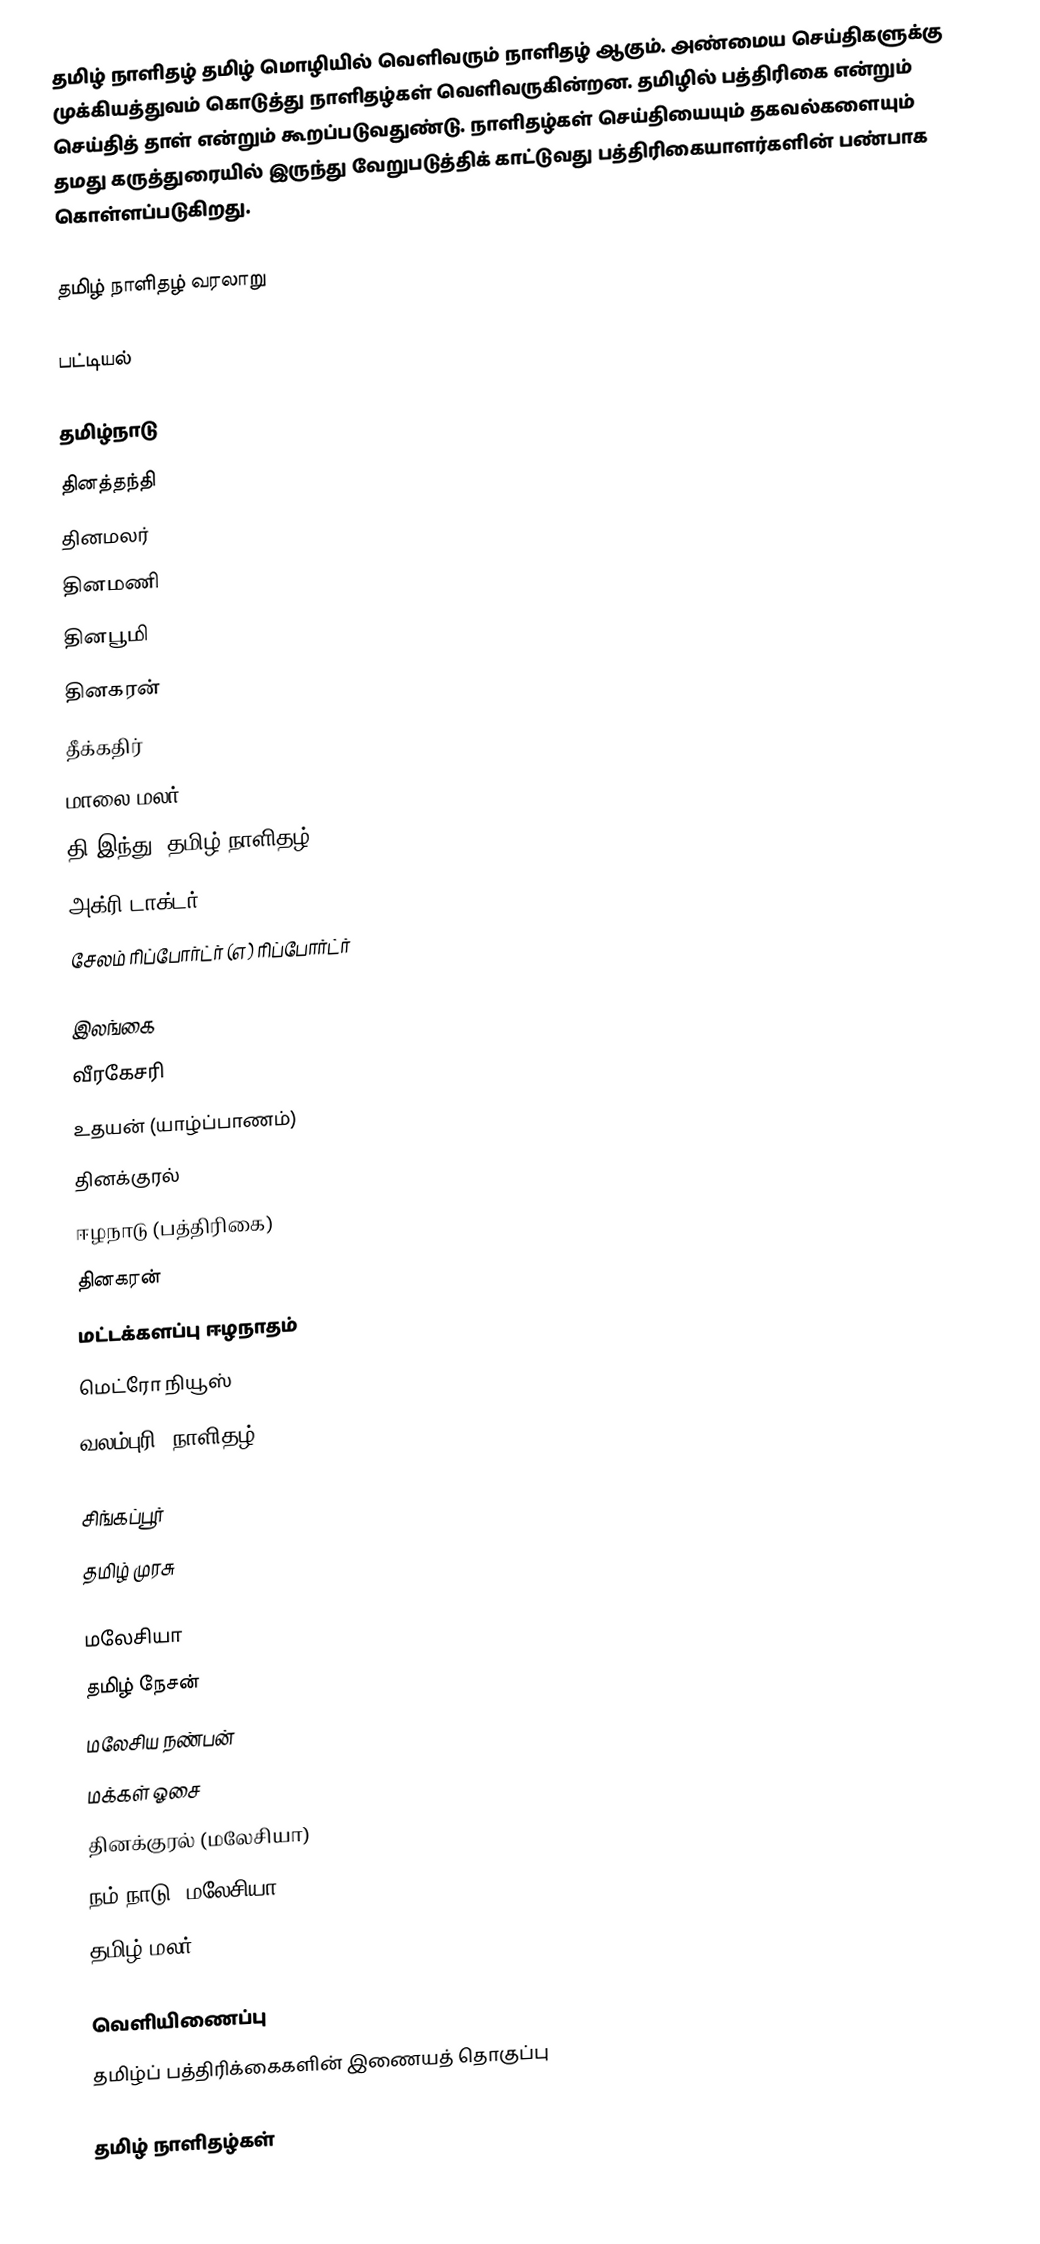
தமிழ் நாளிதழ் தமிழ் மொழியில் வெளிவரும் நாளிதழ் ஆகும்.  அண்மைய செய்திகளுக்கு முக்கியத்துவம் கொடுத்து நாளிதழ்கள் வெளிவருகின்றன.  தமிழில் பத்திரிகை என்றும் செய்தித் தாள் என்றும் கூறப்படுவதுண்டு.  நாளிதழ்கள் செய்தியையும் தகவல்களையும் தமது கருத்துரையில் இருந்து வேறுபடுத்திக் காட்டுவது பத்திரிகையாளர்களின் பண்பாக கொள்ளப்படுகிறது.

தமிழ் நாளிதழ் வரலாறு

பட்டியல்

தமிழ்நாடு
 தினத்தந்தி
 தினமலர்
 தினமணி
 தினபூமி
 தினகரன்
 தீக்கதிர்
 மாலை மலர்
  தி இந்து (தமிழ் நாளிதழ்)
 அக்ரி-டாக்டர்
சேலம் ரிப்போர்ட்ர் (எ) ரிப்போர்ட்ர்

இலங்கை
 வீரகேசரி
 உதயன் (யாழ்ப்பாணம்)
 தினக்குரல்
 ஈழநாடு (பத்திரிகை)
 தினகரன்
 மட்டக்களப்பு ஈழநாதம்
 மெட்ரோ நியூஸ்
 வலம்புரி (நாளிதழ்)

சிங்கப்பூர்
 தமிழ் முரசு

மலேசியா
 தமிழ் நேசன்
 மலேசிய நண்பன்
 மக்கள் ஓசை
 தினக்குரல் (மலேசியா)
 நம் நாடு (மலேசியா)
 தமிழ் மலர்

வெளியிணைப்பு
தமிழ்ப் பத்திரிக்கைகளின் இணையத் தொகுப்பு

தமிழ் நாளிதழ்கள்